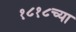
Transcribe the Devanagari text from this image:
१८१८च्या